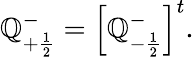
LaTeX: \mathbb{Q}_{+\frac{{1}}{{2}}}^{-}=\left[\mathbb{Q}_{-\frac{{1}}{{2}}}^{-}\right]^{t}.